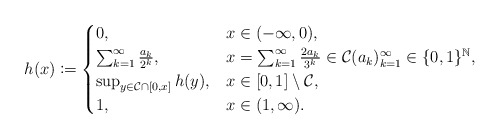
\begin{align*}h(x) \coloneqq \begin{cases}0, & x \in (-\infty,0),\\\sum_{k=1}^\infty \frac{a_k}{2^k}, &x = \sum_{k=1}^\infty \frac{2a_k}{3^k} \in \mathcal C (a_k)_{k=1}^\infty \in \{0,1\}^{\mathbb N},\\\sup_{y \in \mathcal C \cap [0,x]} h(y), & x \in [0,1] \setminus \mathcal C, \\1, & x \in (1,\infty).\end{cases} \end{align*}